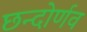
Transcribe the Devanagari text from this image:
छन्दोर्णव